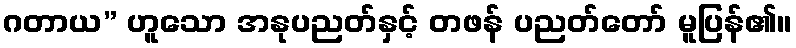
ဂတာယ” ဟူသော အနုပညတ်နှင့် တဖန် ပညတ်တော် မူပြန်၏။